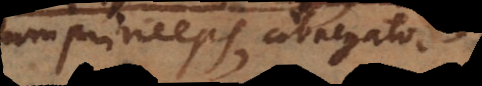
princeps, abnegator,